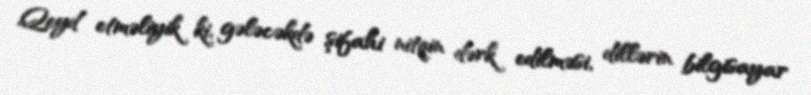
Qeyd etməliyik ki, gələcəkdə şifahi nitqin dərk edilməsi, dillərin bilgisayar